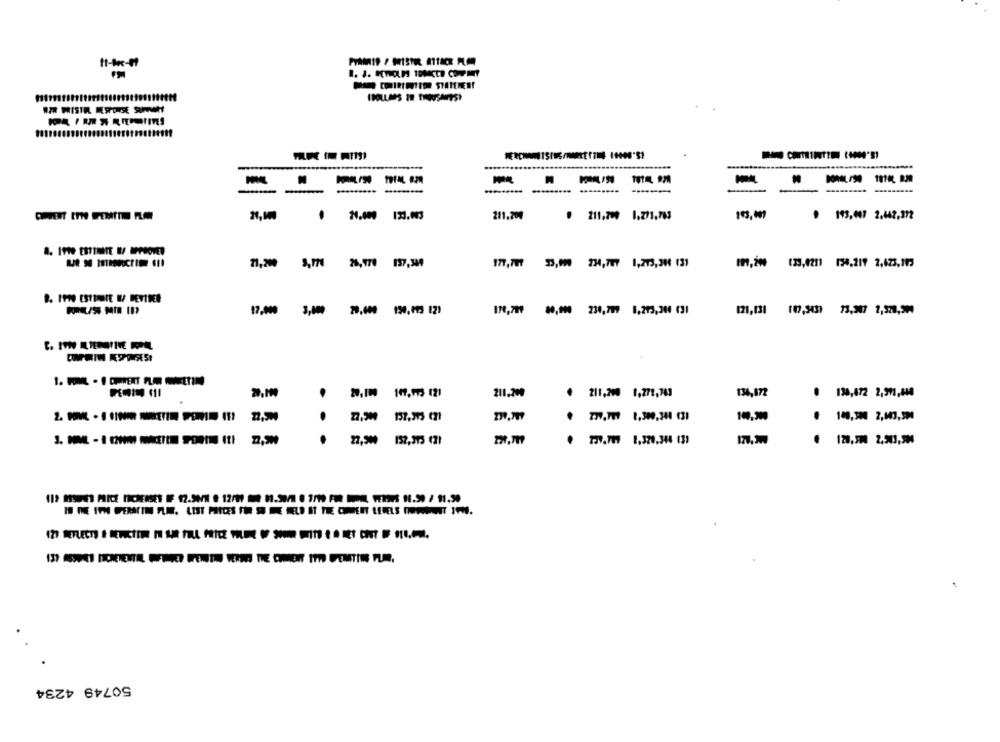
IM MISIR EROSE SUR
M
........
211.700
₩ 211.700 1.271.783
. 193,447 2.442,312
71,0 5,770 26,770 137,300
177,797 33,000 234,707 1,273,388 (3)
-----
170,799 80,000 230,797 8,273,204 (31
121,131 107,543) 73,307 2,528,590
20,100 117,193 121
211.200
៛ 211,200 1,271,763
134,172
138,672 2,991,644
14.30
.
.
. 737.797 1,320.344 131
120,500 2,503,994
50749 4234